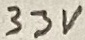
Text: 33V